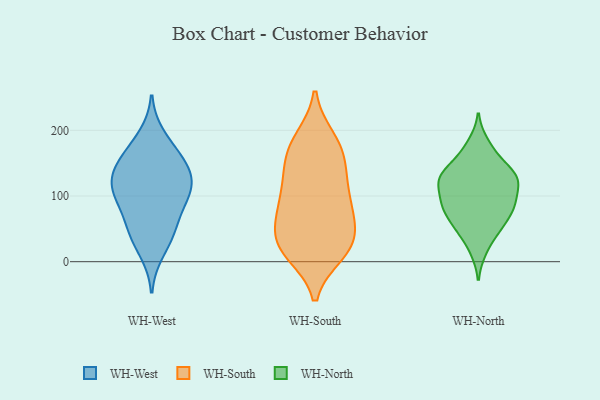
{"axis": {"x": "Backlog", "y": "Value"}, "legend": ["WH-North", "WH-South", "WH-West"], "data": [{"x": "", "y": 80, "type": "WH-West"}, {"x": "", "y": 41, "type": "WH-West"}, {"x": "", "y": 52, "type": "WH-West"}, {"x": "", "y": 128, "type": "WH-West"}, {"x": "", "y": 103, "type": "WH-West"}, {"x": "", "y": 125, "type": "WH-West"}, {"x": "", "y": 48, "type": "WH-West"}, {"x": "", "y": 14, "type": "WH-West"}, {"x": "", "y": 98, "type": "WH-West"}, {"x": "", "y": 171, "type": "WH-West"}, {"x": "", "y": 148, "type": "WH-West"}, {"x": "", "y": 150, "type": "WH-West"}, {"x": "", "y": 106, "type": "WH-West"}, {"x": "", "y": 192, "type": "WH-West"}, {"x": "", "y": 111, "type": "WH-West"}, {"x": "", "y": 150, "type": "WH-West"}, {"x": "", "y": 131, "type": "WH-South"}, {"x": "", "y": 164, "type": "WH-South"}, {"x": "", "y": 86, "type": "WH-South"}, {"x": "", "y": 53, "type": "WH-South"}, {"x": "", "y": 93, "type": "WH-South"}, {"x": "", "y": 17, "type": "WH-South"}, {"x": "", "y": 187, "type": "WH-South"}, {"x": "", "y": 138, "type": "WH-South"}, {"x": "", "y": 102, "type": "WH-South"}, {"x": "", "y": 58, "type": "WH-South"}, {"x": "", "y": 188, "type": "WH-South"}, {"x": "", "y": 146, "type": "WH-South"}, {"x": "", "y": 23, "type": "WH-South"}, {"x": "", "y": 12, "type": "WH-South"}, {"x": "", "y": 173, "type": "WH-South"}, {"x": "", "y": 39, "type": "WH-South"}, {"x": "", "y": 16, "type": "WH-South"}, {"x": "", "y": 21, "type": "WH-South"}, {"x": "", "y": 62, "type": "WH-South"}, {"x": "", "y": 94, "type": "WH-South"}, {"x": "", "y": 83, "type": "WH-North"}, {"x": "", "y": 53, "type": "WH-North"}, {"x": "", "y": 52, "type": "WH-North"}, {"x": "", "y": 103, "type": "WH-North"}, {"x": "", "y": 130, "type": "WH-North"}, {"x": "", "y": 83, "type": "WH-North"}, {"x": "", "y": 163, "type": "WH-North"}, {"x": "", "y": 135, "type": "WH-North"}, {"x": "", "y": 127, "type": "WH-North"}, {"x": "", "y": 124, "type": "WH-North"}, {"x": "", "y": 85, "type": "WH-North"}, {"x": "", "y": 78, "type": "WH-North"}, {"x": "", "y": 93, "type": "WH-North"}, {"x": "", "y": 182, "type": "WH-North"}, {"x": "", "y": 47, "type": "WH-North"}, {"x": "", "y": 152, "type": "WH-North"}, {"x": "", "y": 122, "type": "WH-North"}, {"x": "", "y": 16, "type": "WH-North"}, {"x": "", "y": 123, "type": "WH-North"}]}